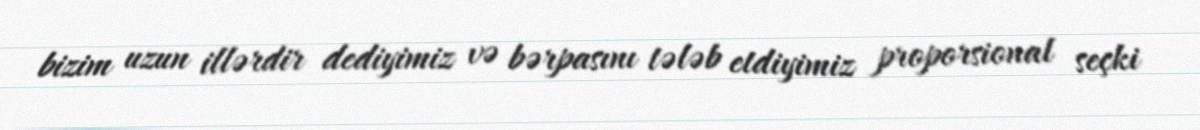
bizim uzun illərdir dediyimiz və bərpasını tələb etdiyimiz proporsional seçki